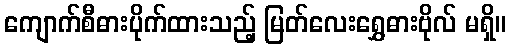
ကျောက်စီဓားပိုက်ထားသည့် မြတ်လေးရွှေဓားဗိုလ် မရှိ။